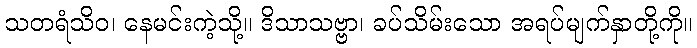
သတရံသိဝ၊ နေမင်းကဲ့သို့။ ဒိသာသဗ္ဗာ၊ ခပ်သိမ်းသော အရပ်မျက်နှာတို့ကို။